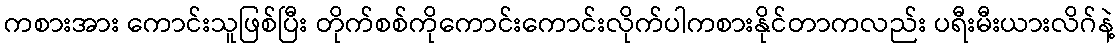
ကစားအား ကောင်းသူဖြစ်ပြီး တိုက်စစ်ကိုကောင်းကောင်းလိုက်ပါကစားနိုင်တာကလည်း ပရီးမီးယားလိဂ်နဲ့